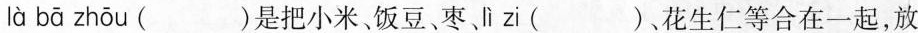
là bā zhōu ( )是把小米、饭豆、枣、lì zi ( )、花生仁等合在一起，放